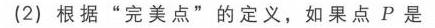
(2) 根据“完美点”的定义，如果点 \(P\) 是